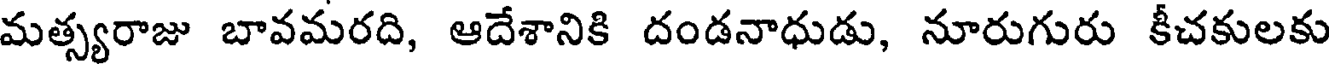
మత్స్యరాజు బావమరది, ఆదేశానికి దండనాధుడు, నూరుగురు కీచకులకు